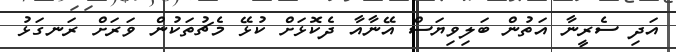
އަދި ސެރީނާ އަތުން ބަލިވިޔަސް އޭނާއާ ދެކޮޅަށް ކުޅޭ މެޗުތަކުން ވަރަށް ރަނގަޅު